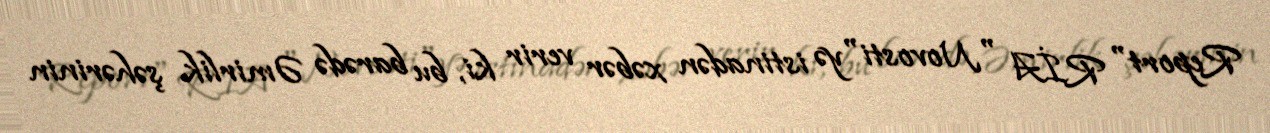
Report" RİA "Novosti"yə istinadən xəbər verir ki, bu barədə Əmirlik şəhərinin